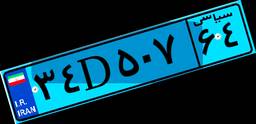
۳۴D۵۰۷۶۴